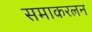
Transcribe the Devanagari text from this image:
समाकरलन